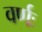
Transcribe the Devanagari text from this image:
वर्णः